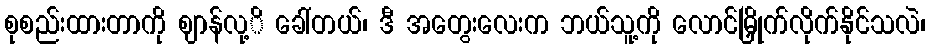
စုစည်းထားတာကို ဈာန်လု့ိ ခေါ်တယ်၊ ဒီ အတွေးလေးက ဘယ်သူ့ကို လောင်မြှိုက်လိုက်နိုင်သလဲ၊